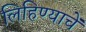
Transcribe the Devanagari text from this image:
लिहिण्याचें